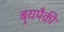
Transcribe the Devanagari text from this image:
बर्‍यपैकी